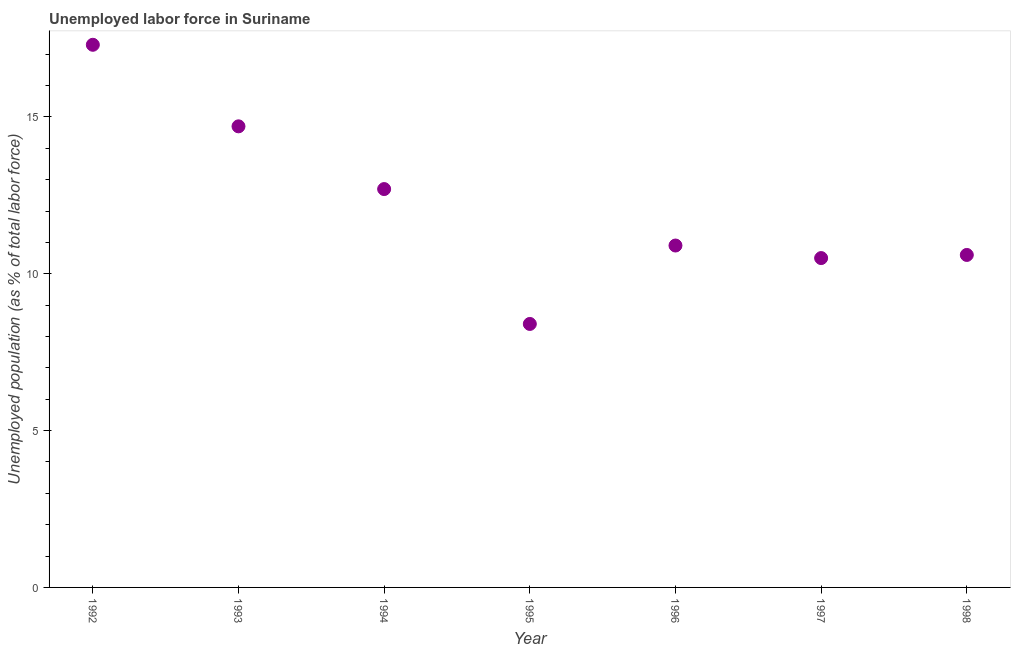
| Year | Unemployment |
 | --- | --- |
 | 1992 | 17.3 |
 | 1993 | 14.7 |
 | 1994 | 12.7 |
 | 1995 | 8.4 |
 | 1996 | 10.9 |
 | 1997 | 10.5 |
 | 1998 | 10.6 |